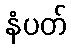
နံပတ်